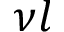
\nu l